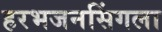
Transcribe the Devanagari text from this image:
हरभजनसिंगला